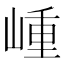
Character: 𡺍